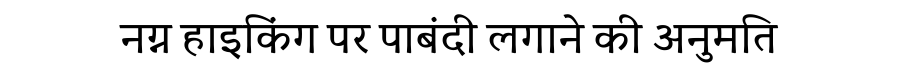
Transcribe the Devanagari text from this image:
नग्न हाइकिंग पर पाबंदी लगाने की अनुमति